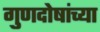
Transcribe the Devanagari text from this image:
गुणदोषांच्या